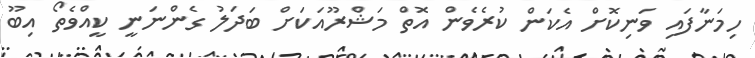
ހިމަނާފައި ވަނިކޮށް އެކަން ކުރެވެން އޮތް މަޝްރޫއަކަށް ބަދަލު ގެންނަނީ ކީއްވެތޯ އިބޫ